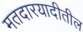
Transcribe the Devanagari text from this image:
मतदारयादीतील